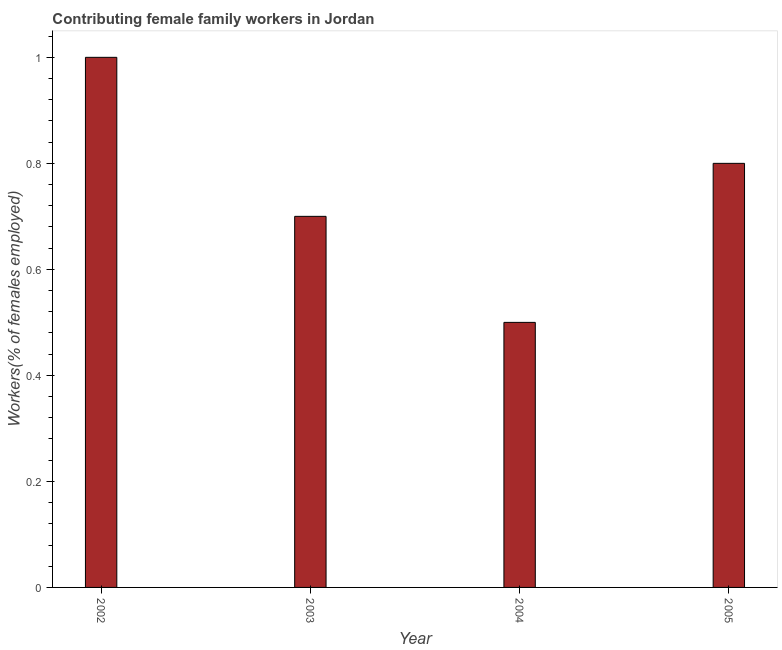
| Year | Contributing family workers |
 | --- | --- |
 | 2002 | 1 |
 | 2003 | 0.7 |
 | 2004 | 0.5 |
 | 2005 | 0.8 |